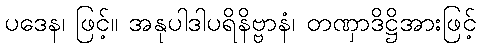
ပဒေန၊ ဖြင့်။ အနုပါဒါပရိနိဗ္ဗာနံ၊ တဏှာဒိဋ္ဌိအားဖြင့်